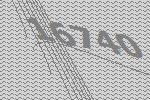
16740